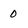
Character: 0